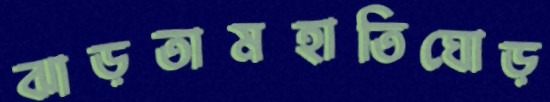
ঝাড়তামহাতিঘোড়